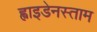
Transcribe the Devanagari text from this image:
ह्वाइडेनस्ताम